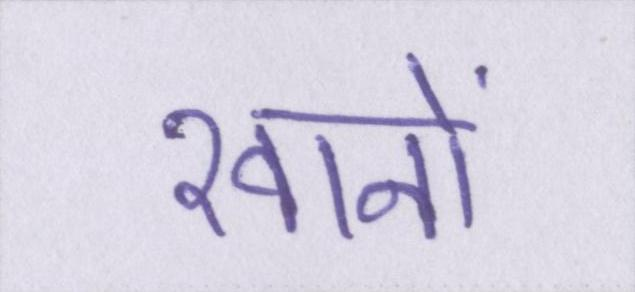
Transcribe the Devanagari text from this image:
खानों